system: You are a helpful assistant.
user:
Analyze the provided spectrum to determine if it is a **S-type Star**.

- **Key Indicators for S-type Star:**

    - **(Overall Spectrum Shape):** The first and most obvious characteristic is the overall continuum (the "baseline" shape). It is **extremely "red-sloping,"** meaning the flux (light intensity) is very low on the left side (blue, ~4000-4500 Å) and rises steeply and continuously toward the right side (red, ~7000 Å+).

    - **(Primary):** The spectrum is defined by the presence of strong, broad molecular absorption "valleys" (bands) from **Zirconium Oxide (ZrO)**. The identification of these bands is the **primary requirement** for classifying a star as S-type.
        - **(Key Bandheads):** You must find distinct, deep "dips" where the light has been absorbed. The most critical band systems to locate are:
            - **~6474 Å** ($\gamma$-system): This is often the strongest and clearest ZrO feature, found in the red part of the spectrum.
            - **~5718 Å** & **~5551 Å** ($\beta$-system): A pair of prominent absorption features in the yellow-orange part of the spectrum.
            - **~4640 Å** ($\alpha$-system): A key absorption band system in the blue-green region of the spectrum.

    - **(Secondary Confirmation):** The classification is strengthened by finding additional absorption bands from other related heavy element oxides, which are expected to be present alongside ZrO.
        - **(Key Bandheads):**
            - **Yttrium Oxide (YO):** Look for absorption dips near **~4800 Å** and **~6100 Å**.
            - **Lanthanum Oxide (LaO):** Additional absorption features, particularly in the red-orange part of the spectrum, are also characteristic.

    - **(Line Profile):** The combination of the steep red continuum and these numerous, deep molecular bands (ZrO, YO, etc.) gives the entire spectrum a very **"chopped-up"** or **"bumpy"** appearance. Instead of a smooth curve, the spectrum looks as though large, wide chunks of light have been "carved out" of it at the specific wavelengths listed above.

Think first, call **spectral_visualization_tool** if needed to examine features in detail, then provide your final answer. Your response must adhere to the following strict rules:
1.  **Overall Structure:** Your response must follow the format `<think>...</think> <tool_call>...</tool_call> (if a tool is used) <answer>...</answer>`.
2.  **Tool Usage Constraint:** You may only make **one** tool call per turn.
3.  **Final Answer Format:** In the `<answer>` tag, your conclusion must be inside a `\boxed{}` command (e.g., `\boxed{YES}` or `\boxed{NO}`), followed by your justification.

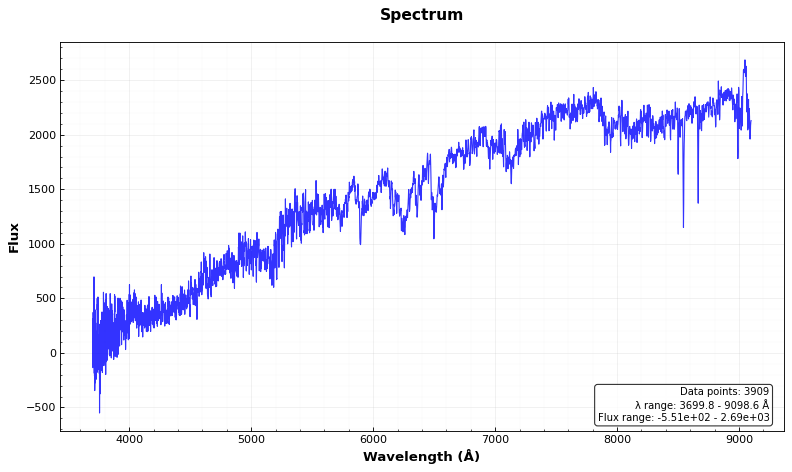
Answer: YES